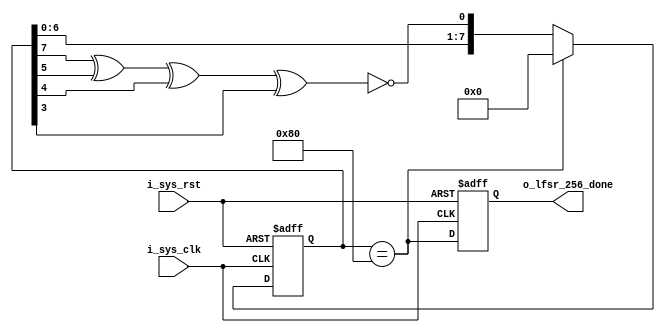
//   ==================================================================
//   >>>>>>>>>>>>>>>>>>>>>>> COPYRIGHT NOTICE <<<<<<<<<<<<<<<<<<<<<<<<<
//   ------------------------------------------------------------------
//   Copyright (c) 2013 by Lattice Semiconductor Corporation
//   ALL RIGHTS RESERVED 
//   ------------------------------------------------------------------
//
//   Permission:
//
//      Lattice SG Pte. Ltd. grants permission to use this code
//      pursuant to the terms of the Lattice Reference Design License Agreement. 
//
//
//   Disclaimer:
//
//      This VHDL or Verilog source code is intended as a design reference
//      which illustrates how these types of functions can be implemented.
//      It is the user's responsibility to verify their design for
//      consistency and functionality through the use of formal
//      verification methods.  Lattice provides no warranty
//      regarding the use or functionality of this code.
//
//   --------------------------------------------------------------------
//
//                  Lattice SG Pte. Ltd.
//                  101 Thomson Road, United Square #07-02 
//                  Singapore 307591
//
//
//                  TEL: 1-800-Lattice (USA and Canada)
//                       +65-6631-2000 (Singapore)
//                       +1-503-268-8001 (other locations)
//
//                  web: http://www.latticesemi.com/
//
//   --------------------------------------------------------------------
//


`timescale 1 ns / 1 ps

module lfsr_count255(
                     input i_sys_clk,
                     input i_sys_rst,
                     output reg o_lfsr_256_done);

    reg [7:0]                   lfsr_reg_i;
    wire                        lfsr_d0_i,lfsr_256_equal_i;

    xnor(lfsr_d0_i,lfsr_reg_i[7],lfsr_reg_i[5],lfsr_reg_i[4],lfsr_reg_i[3]);
    assign lfsr_256_equal_i = (lfsr_reg_i == 8'h80);
    //2D for 100us, 8'h05 for 125us, 8'h10 for 150us, 8'h80 gives 160us

    always @(posedge i_sys_clk,posedge i_sys_rst) begin
        if(i_sys_rst) begin
            lfsr_reg_i <= 0;
            o_lfsr_256_done <= 0;
        end
        else begin
            lfsr_reg_i <= lfsr_256_equal_i ? 8'h0 : {lfsr_reg_i[6:0],lfsr_d0_i};
            o_lfsr_256_done <= lfsr_256_equal_i;
        end
    end
endmodule